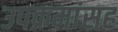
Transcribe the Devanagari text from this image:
उपक्रमांसह